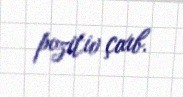
pozitiv çıxıb.